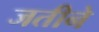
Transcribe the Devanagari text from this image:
जतीने